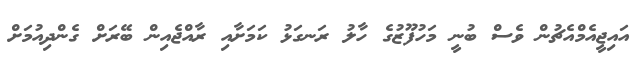
އައިޖީއެމްއެޗުން ވެސް ބުނީ މަހުފޫޒުގެ ހާލު ރަނގަޅު ކަމަށާއި ރާއްޖެއިން ބޭރަށް ގެންދިއުމަށް